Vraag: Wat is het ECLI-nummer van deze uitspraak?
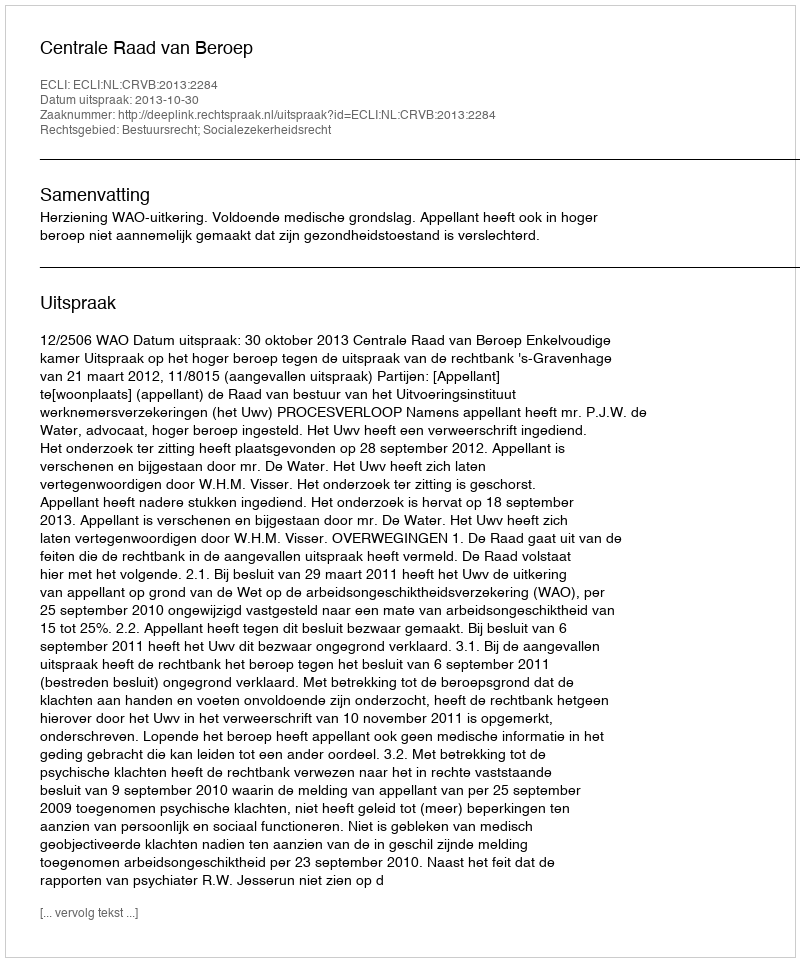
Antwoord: ECLI:NL:CRVB:2013:2284